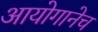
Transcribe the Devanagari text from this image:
आयोगानेच